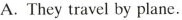
A.They travel by plane.